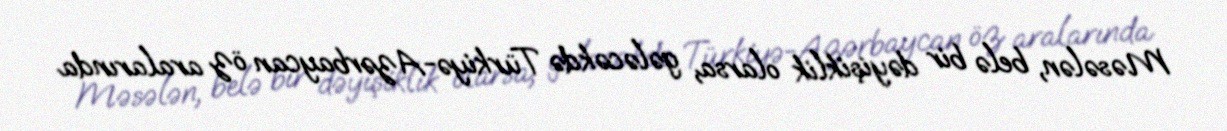
Məsələn, belə bir dəyişiklik olarsa, gələcəkdə Türkiyə-Azərbaycan öz aralarında